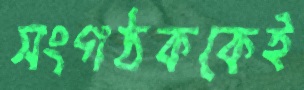
সংগঠককেই